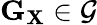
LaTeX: \mathbf{G}_{\mathbf{X}}\in\mathcal{G}